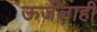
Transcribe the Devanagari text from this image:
ऊर्जेलाही